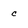
Character: c